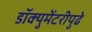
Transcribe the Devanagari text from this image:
डॉक्युमेंटरीपुढे